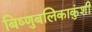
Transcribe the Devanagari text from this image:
बिष्णुबलिकाकुंशी